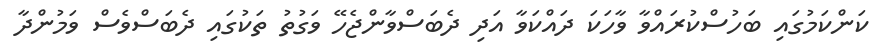
ކަންކަމުގައި ބަހުސްކުރައްވާ ވާހަކަ ދައްކަވާ އަދި ދެބަސްވާންޖެހޭ ވަގުތު ތަކުގައި ދެބަސްވެސް ވަމުންދާ